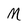
Character: M